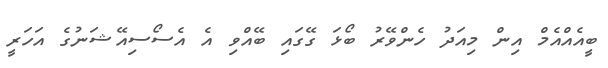
ބީއެއްއެމް އިން މިއަދު ހެންވޭރު ބޯޅަ ގޭގައި ބޭއްވި އެ އެސޯސިއޭޝަނުގެ އަހަރީ